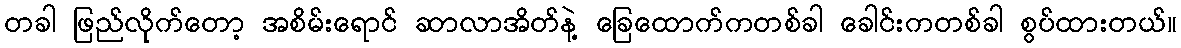
တခါ ဖြည်လိုက်တော့ အစိမ်းရောင် ဆာလာအိတ်နဲ့ ခြေထောက်ကတစ်ခါ ခေါင်းကတစ်ခါ စွပ်ထားတယ်။